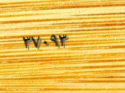
٣٧٠٩٣